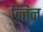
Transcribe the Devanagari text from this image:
न्तिन